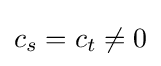
c_{s}=c_{t}\neq 0